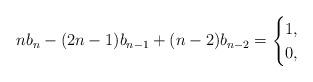
LaTeX: \begin{align*}nb_n - (2n-1)b_{n-1} + (n-2)b_{n-2} = \begin{cases} 1, & \\ 0, & \end{cases} \end{align*}